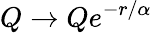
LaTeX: Q\rightarrow Qe^{-r/\alpha}